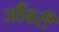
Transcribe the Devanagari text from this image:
जौंवरी